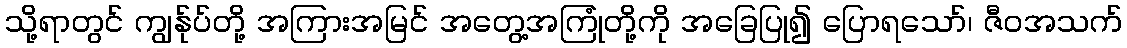
သို့ရာတွင် ကျွန်ုပ်တို့ အကြားအမြင် အတွေ့အကြုံတို့ကို အခြေပြု၍ ပြောရသော်၊ ဇီဝအသက်